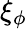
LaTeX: \xi_{\phi}